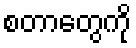
စတာတွေကို